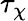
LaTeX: \tau_{\chi}